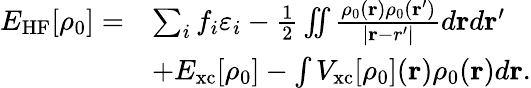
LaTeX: \begin{array}{rl}{E_{\mathrm{HF}}[\rho_{0}]=}&{\sum_{i}f_{i}\varepsilon_{i}-\frac{1}{2}\iint\frac{\rho_{0}({\mathbf r})\rho_{0}({\mathbf r^{\prime}})}{\vert{\mathbf r-r^{\prime}}\vert}d{\mathbf r}d{\mathbf r^{\prime}}}\\ &{+E_{\mathrm{xc}}[\rho_{0}]-\int V_{\mathrm{xc}}[\rho_{0}]({\mathbf r})\rho_{0}({\mathbf r})d{\mathbf r}.}\end{array}